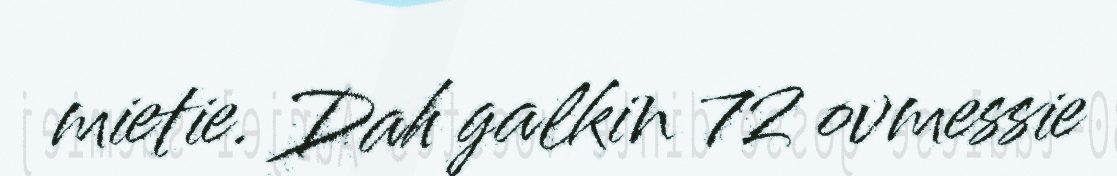
mietie. Dah galkin 72 ovmessie